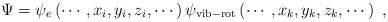
\begin{align*}\Psi=\psi_e\left(\cdots,x_i,y_i,z_i,\cdots\right)\psi_{\rm vib-rot}\left(\cdots,x_k,y_k,z_k,\cdots\right)~,\end{align*}